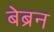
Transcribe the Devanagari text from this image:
बेब्रन